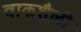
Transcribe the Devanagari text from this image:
वाकशैली